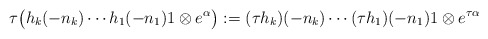
\begin{align*} \tau \bigl( h_k (-n_k) \cdots h_1 (-n_1)1 \otimes e^{\alpha} \bigr) := (\tau h_k)(-n_k) \cdots (\tau h_1)(-n_1)1 \otimes e^{\tau \alpha}\end{align*}